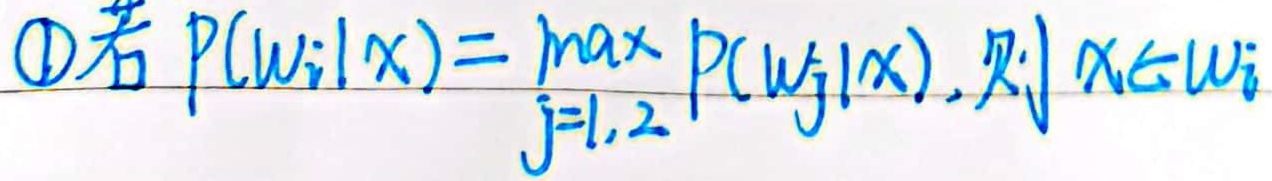
\textcircled{1}若\(P(\omega_i|x)=\max_{j = 1,2}P(\omega_j|x)\)，则\(x\in\omega_i\)